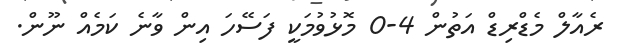
ރެއާލް މެޑްރިޑް އަތުން 4-0 މޮޅުވުމަކީ ފަސޭހަ އިން ވާނެ ކަމެއް ނޫން.